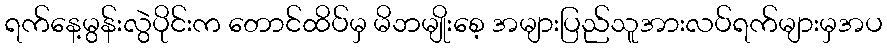
ရက်နေ့မွန်းလွဲပိုင်းက တောင်ထိပ်မှ မိဘမျိုးစေ့ အများပြည်သူအားလပ်ရက်များမှအပ